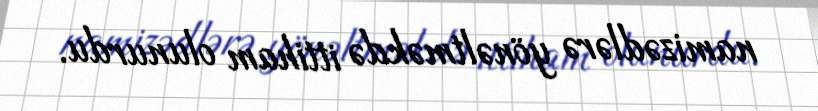
namizədlərə yönəltməkdə ittiham olunurdu.